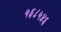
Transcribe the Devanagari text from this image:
५६८५४६